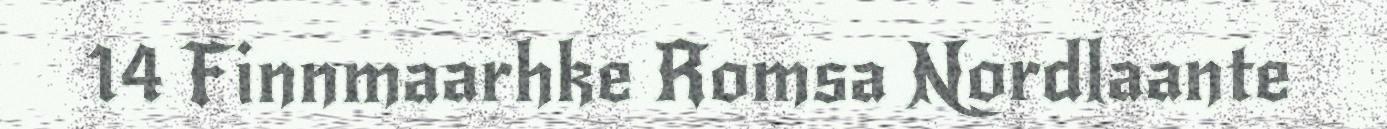
14 Finnmaarhke Romsa Nordlaante